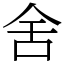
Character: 舍